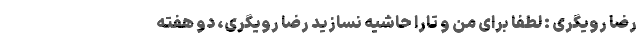
رضا رویگری : لطفا برای من و تارا حاشیه‌ نسازید رضا رویگری، دو هفته